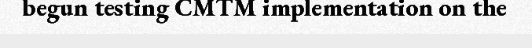
begun testing CMTM implementation on the